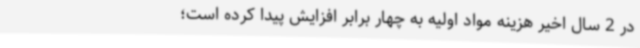
در 2 سال اخیر هزینه مواد اولیه به چهار برابر افزایش پیدا کرده است؛